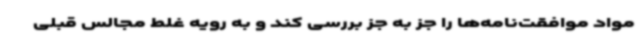
مواد موافقت‌نامه‌ها را جز به جز بررسی کند و به رویه غلط مجالس قبلی